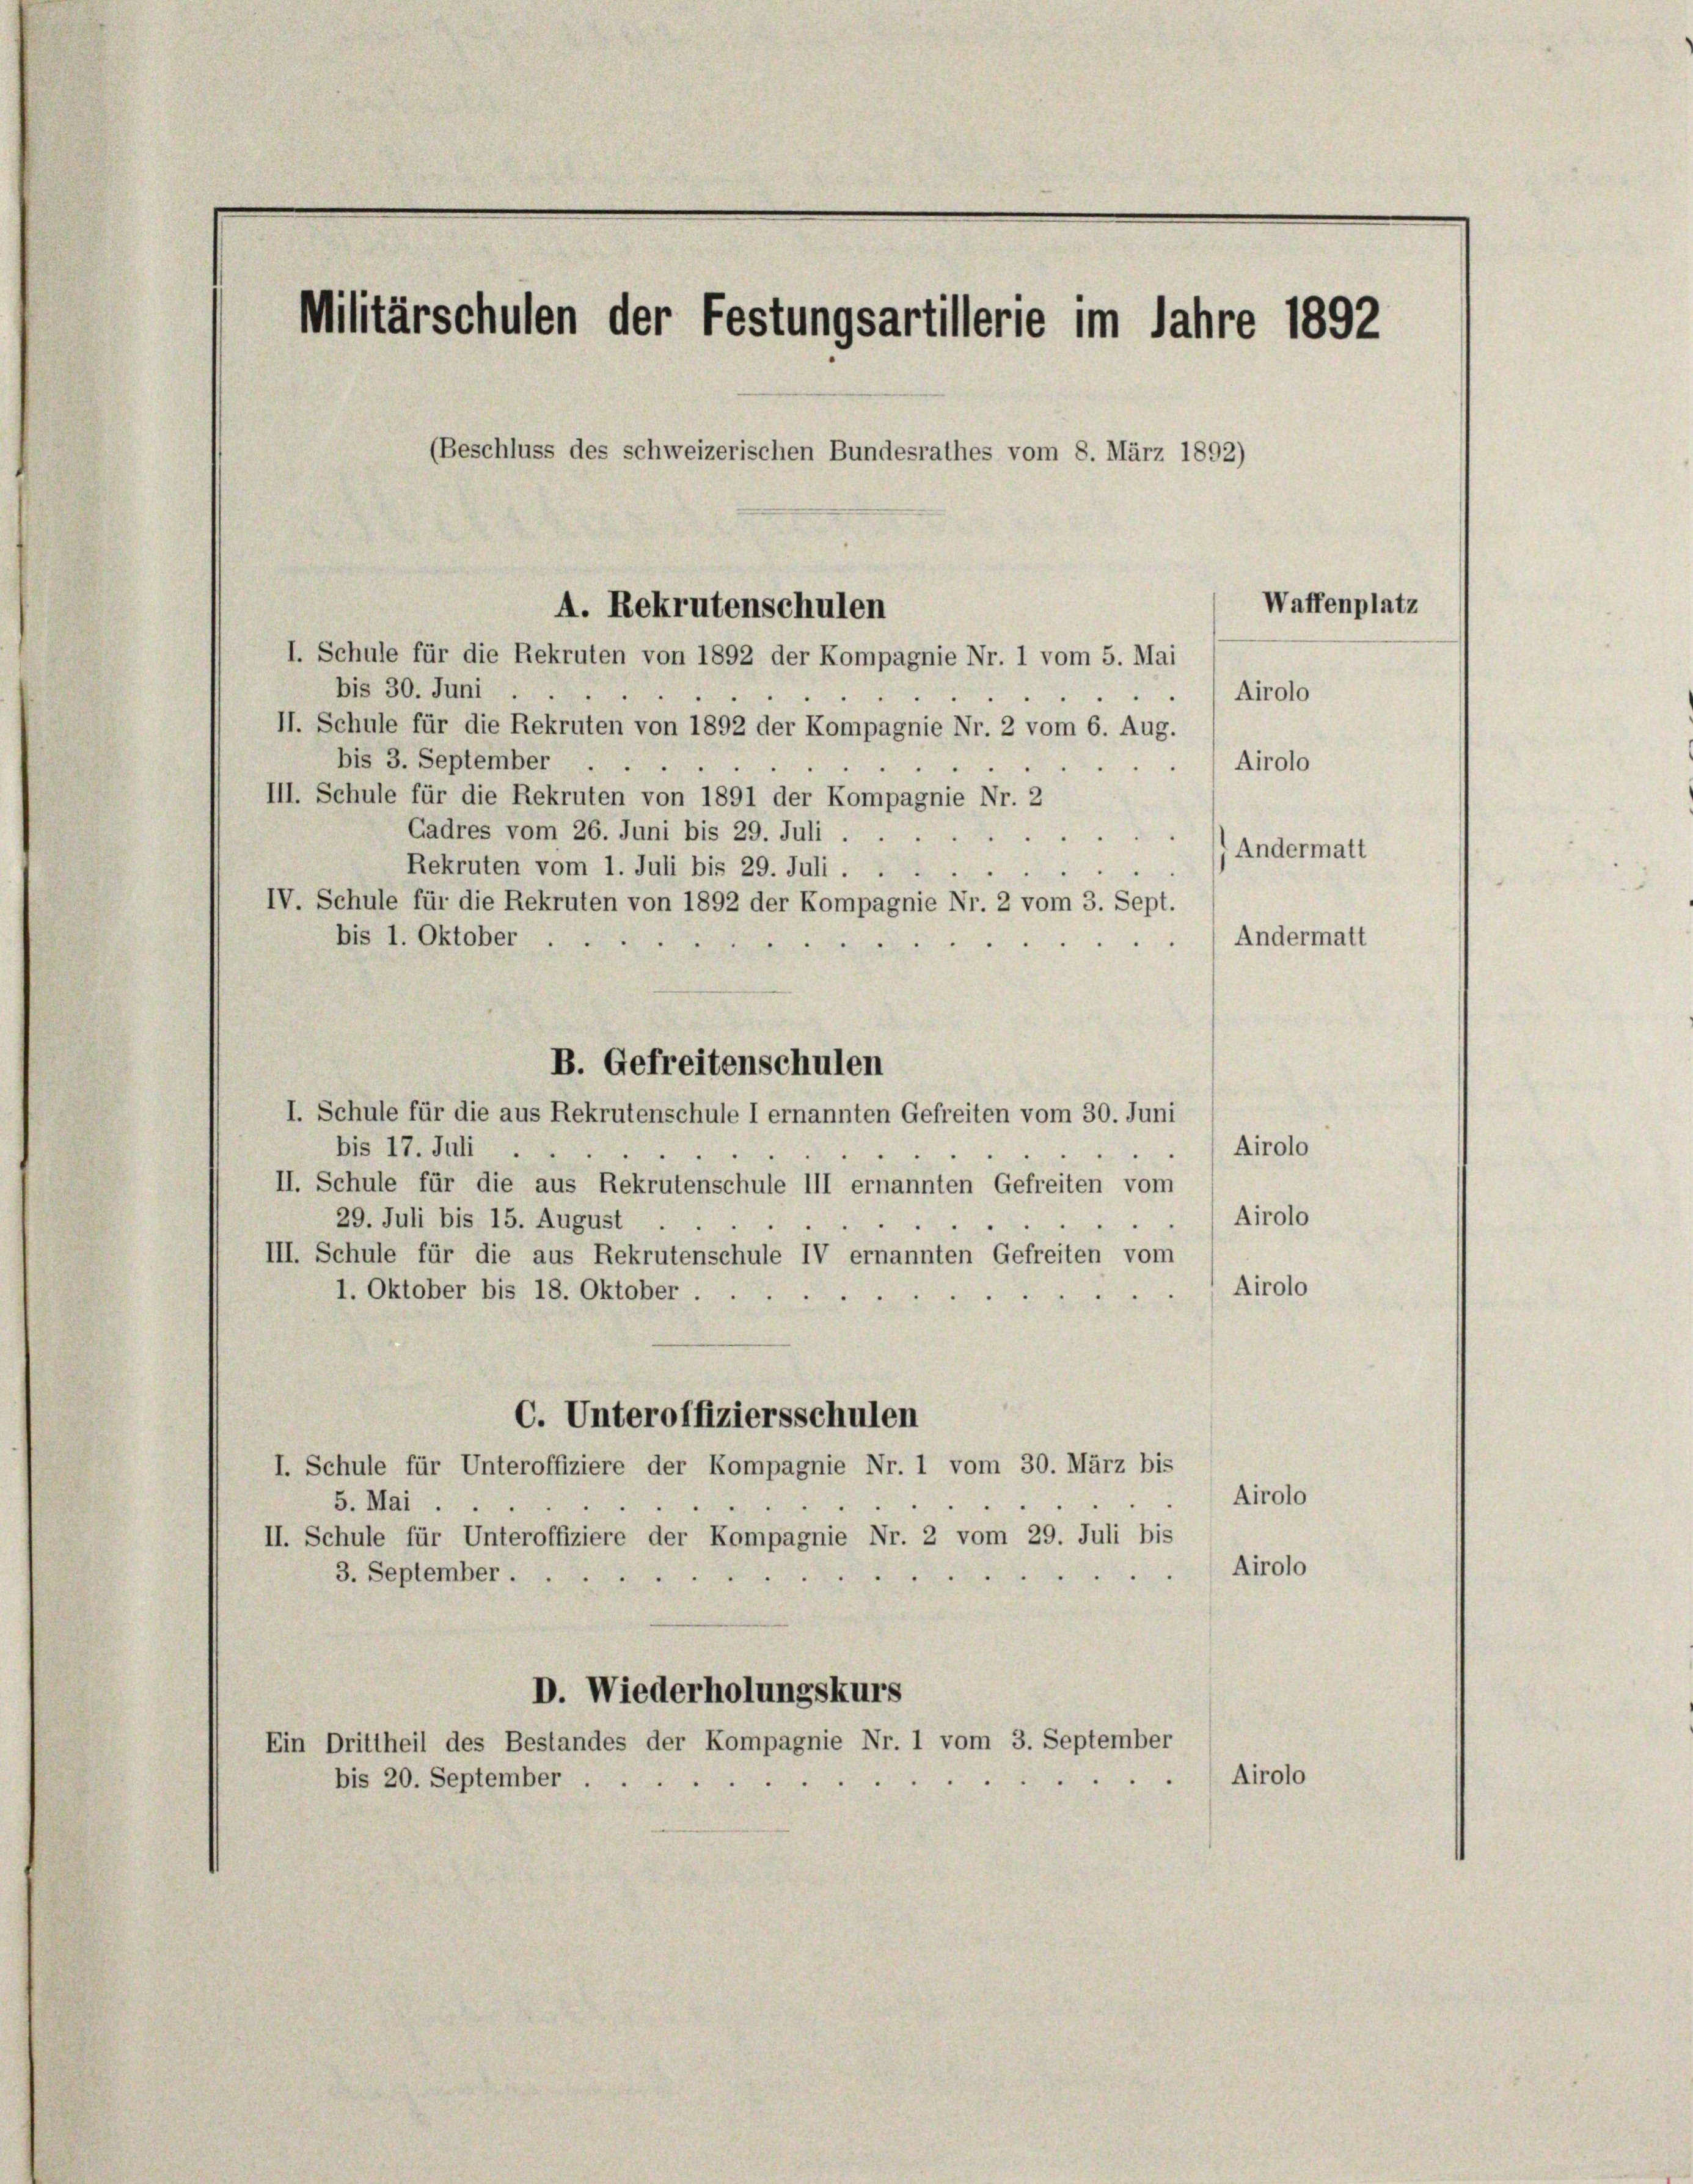
Militärschulen der Festungsartillerie im Jahre 1892
(Beschluss des schweizerischen Bundesrathes vom 8. März 1892)
Waffenplatz
A. Rekrutenschulen
I. Schule für die Rekruten von 1892 der Kompagnie Nr. 1 vom 5. Mai

bis 30. Juni
II. Schule für die Rekruten von 1892 der Kompagnie Nr. 2 vom 6. Aug.
bis 3. September
III. Schule für die Rekruten von 1891 der Kompagnie Nr. 2
Gadres vom 26. Juni bis 29. Juli ...
Rekruten vom 1. Juli bis 29. Juli . .
IV. Schule für die Rekruten von 1892 der Kompagnie Nr. 2 vom 3. Sept.
bis 1. Oktober
bis 17. Juli
II. Schule für die aus Rekrutenschule III ernannten Gefreiten vom
29. Juli bis 15. August
III. Schule für die aus Rekrutenschule IV ernannten Gefreiten vom
1. Oktober bis 18. Oktober.
C. Unteroffiziersschulen
I. Schule für Unteroffiziere der Kompagnie Nr. 1 vom 30. März bis
5. Mai.
II. Schule für Unteroffiziere der Kompagnie Nr. 2 vom 29. Juli bis
3. September . .
D. Wiederholungskurs
Ein Drittheil des Bestandes der Kompagnie Nr. 1 vom 3. September
bis 20. September.

B. Gefreitenschulen
I. Schule für die aus Rekrutenschule I ernannten Gefreiten vom 30. Juni

Airolo
d

Airolo

Airolo

Airolo

Andermatt
) Andermatt

Airolo
Airolo

Airolo
Airolo